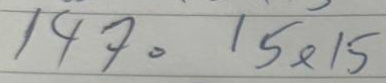
147 = 15x15